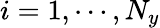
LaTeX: i=1,\cdots,N_{y}